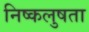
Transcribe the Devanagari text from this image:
निष्कलुषता